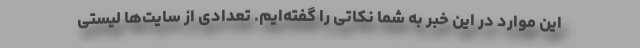
این موارد در این خبر به شما نکاتی را گفته‌ایم. تعدادی از سایت‌ها لیستی